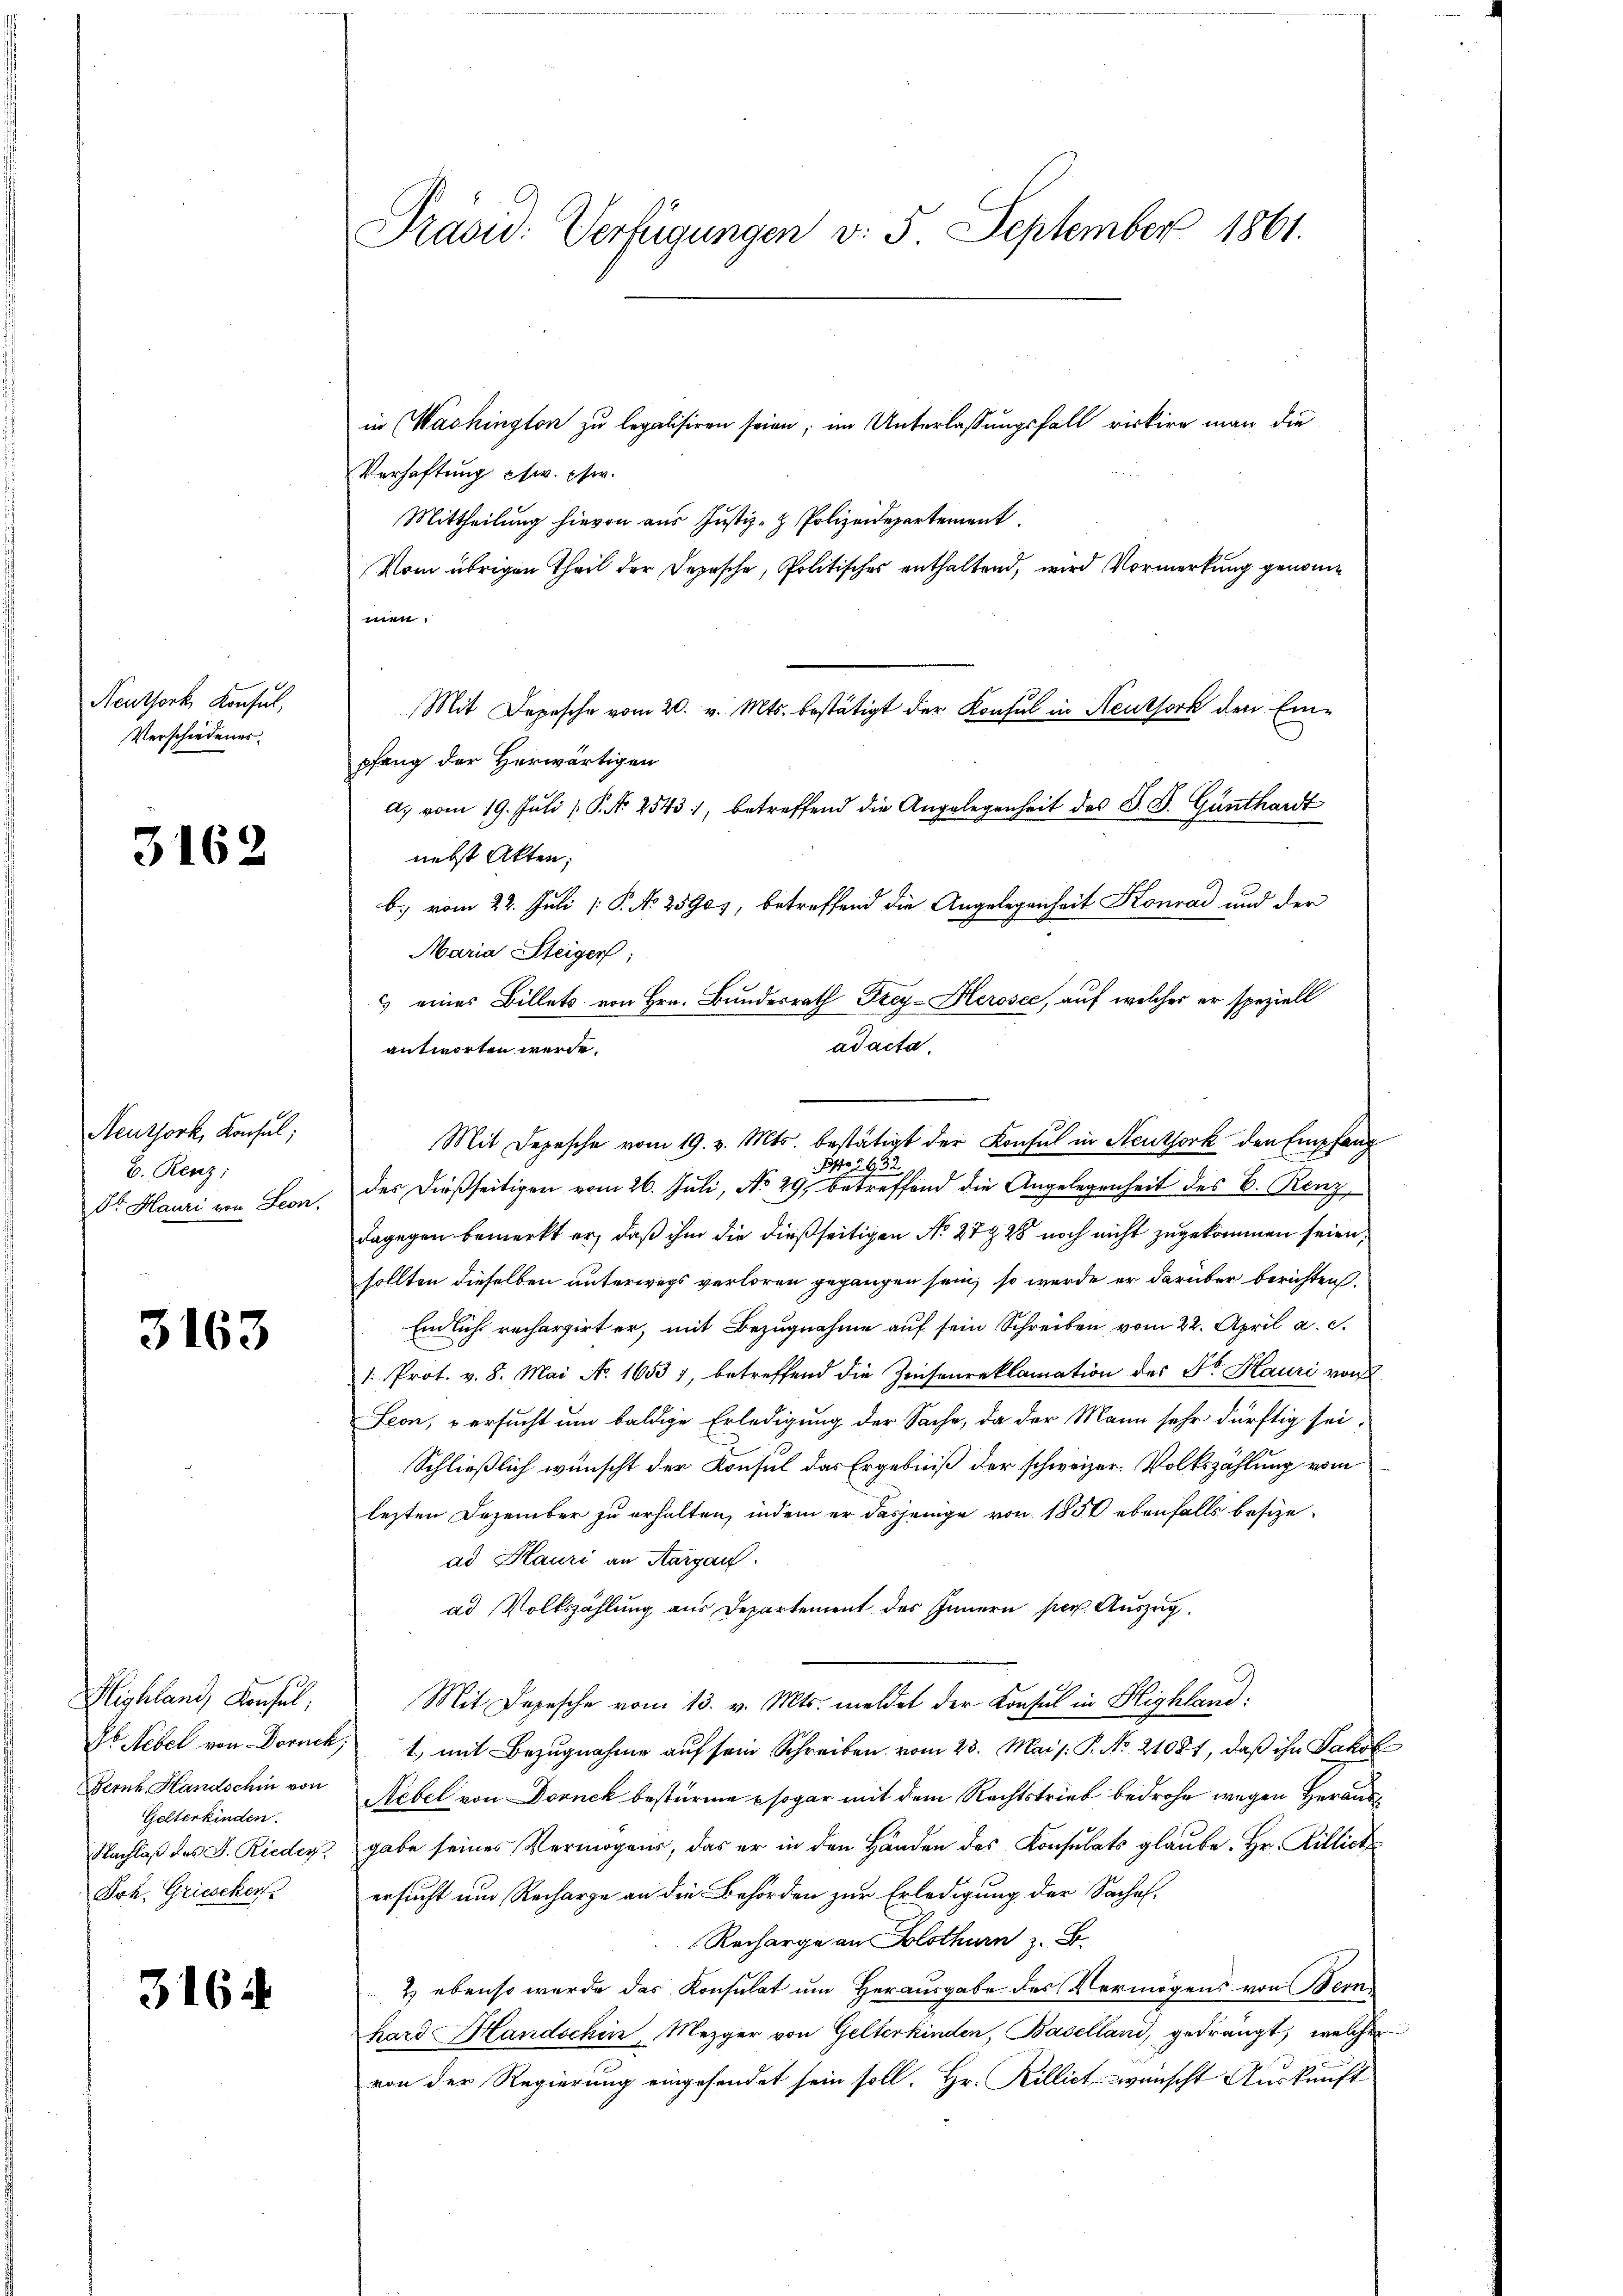
Neuthork Konsul,
Verschiedenes.

3162

Neuthork, Konsul,
B. Renz;
Dr Hauri von Seon.

3163

3164

Highland, Konsul,
Ferne Handschin von
Gelterkinden.
Nachlaß des J. Rieder,
Joh. Griescker

Präsid. Verfügungen v. 5. September 1861.

in (Washington zu legalisiren seien; im Unterlassungsfall riskire man die
Verhaftung etw. Ew.
Mittheilung hievon aus Justiz- & Polizeidepartement
Vom übrigen Theil der Depesche, Politisches enthaltend, wird Vormerkung genommen.
Mit Depesche vom 20. v. Mts. bestätigt der Konsul in Neuthorn den Einpfang der Herwärtigen
a. vom 19. Juli P. N. 2543, betreffend die Angelegenheit des S. S. Günthardt
nebst Akten;
b.) vom 22. Juli [ P. No 2590), betreffend die Angelegenheit Konrad und der
Maria Steiger;
& eines Billets von Hrn. Bundesrath Frey-Herosee, auf welcher er speziell
antworten werde.
293.
1597.
des dießseitigen vom 26. Juli, No 29, betreffend die Angelegenheit des B. Renz
dagegen bemerkt er, daß ihm die dießseitigen No 27 § 28 noch nicht zugekommen seien,
sollten dieselben unterwegs verloren gegangen sein, so werde er darüber berichten.
Endlich rechargirt er, mit Bezugnahme auf sein Schreiben vom 22. April a. c.
/. Prot. v. 8. Mai No. 1653), betreffend die Zeichenreklamation des St. Hauri von
Seon, versucht um baldige Erledigung der Sache, da der Mann sehr dürftig sei
Schließlich wünscht der Konsul das Ergebniß der schweizer. Volkszählung vom
lezten Dezember zu erhalten, indem er dasjenige von 1850 ebenfalls besizead Hauri an Aargau.
ad Volkszählung aus Departement des Innern per Auszug
Mit Depesche vom 13. v. Mts. meldet der Konsul in Blighland:
Ds Nebel von Dornck, 1. mit Bezŭgnahme aŭf sein Schreiben vom 23. Mai s: P. No 21081, daß ihn Jahrl
Nebel von Dornek bestürme sogar mit dem Rechtstrieb bedrohe wegen Herausgabe seines Vermögens, das er in den Händen des Konsulats glaube. Hr. Rillich
ersucht und Recharge an die Behörden zur Erledigung der Sachel¬
Recharge an Solothurn z. B.
2) ebenso wurde das Konsulat um Herausgabe des Vermögens von Bern
hard Handschin, Mezger von Gelterkinden, Baselland, gedrängt, welcher
von der Regierung eingesendet sein soll. Hr. Rillict wünscht Auskunft

adacta.

Mit Depesche vom 19. v. Mts. bestätigt der Konsul in Neuthork den Empfang